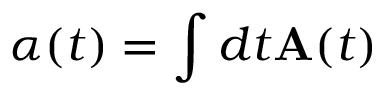
\boldsymbol { \alpha } ( t ) = \int d t \mathbf { A } ( t )